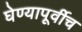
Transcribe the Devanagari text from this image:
घेण्यापूर्वीच